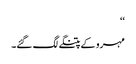
‘‘
مہرو کے پتنگے لگ گئے۔